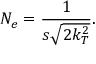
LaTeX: N _ { e } = \frac { 1 } { s \sqrt { 2 k _ { T } ^ { 2 } } } .